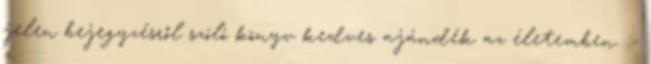
jelen bejegyzésről szóló könyv kedves ajándék az életemben. :-